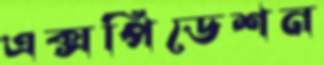
এক্সপিডেশন